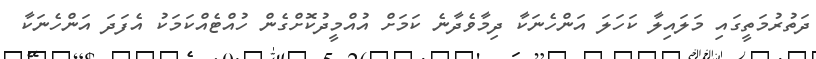
ދަތުރުމަތީގައި މަލައިލާ ކަހަލަ އަންހެނަކާ ދިމާވެދާނެ ކަމަށް އުއްމީދުކޮށްގެން ހުއްޓެއްކަމަކު އެފަދަ އަންހެނަކާ